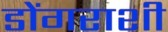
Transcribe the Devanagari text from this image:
डोंगराशी